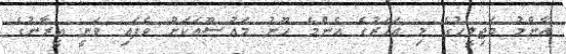
އާންމު މަޖިލީހުގެ މި އަހަރުގެ އެންމެ ހޫނު މައުޟޫއަކަށް ވެފައި ވަނީ އީރާނުގެ